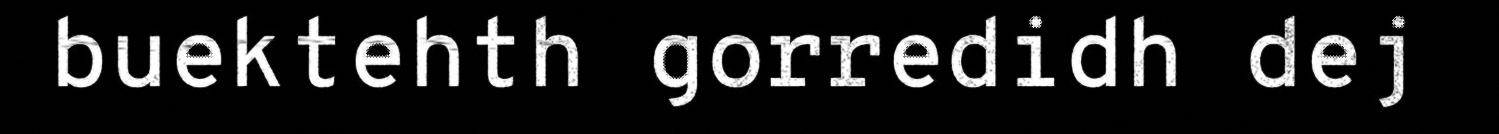
buektehth gorredidh dej